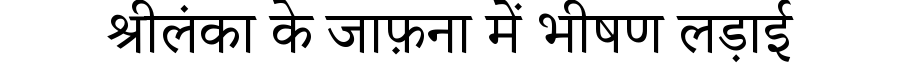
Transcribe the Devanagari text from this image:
श्रीलंका के जाफ़ना में भीषण लड़ाई